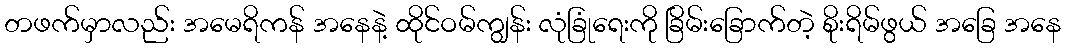
တဖက်မှာလည်း အမေရိကန် အနေနဲ့ ထိုင်ဝမ်ကျွန်း လုံခြုံရေးကို ခြိမ်းခြောက်တဲ့ စိုးရိမ်ဖွယ် အခြေ အနေ